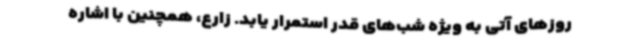
روزهای آتی به ویژه شب‌های قدر استمرار یابد. زارع، همچنین با اشاره